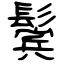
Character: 鬓